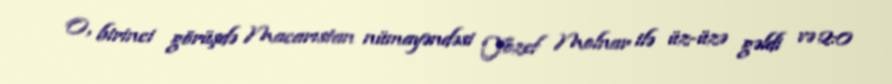
O, birinci görüşdə Macarıstan nümayəndəsi Yozef Molnar ilə üz-üzə gəldi və 2:0